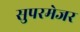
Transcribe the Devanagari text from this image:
सुपरमेजर